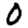
Digit: 0